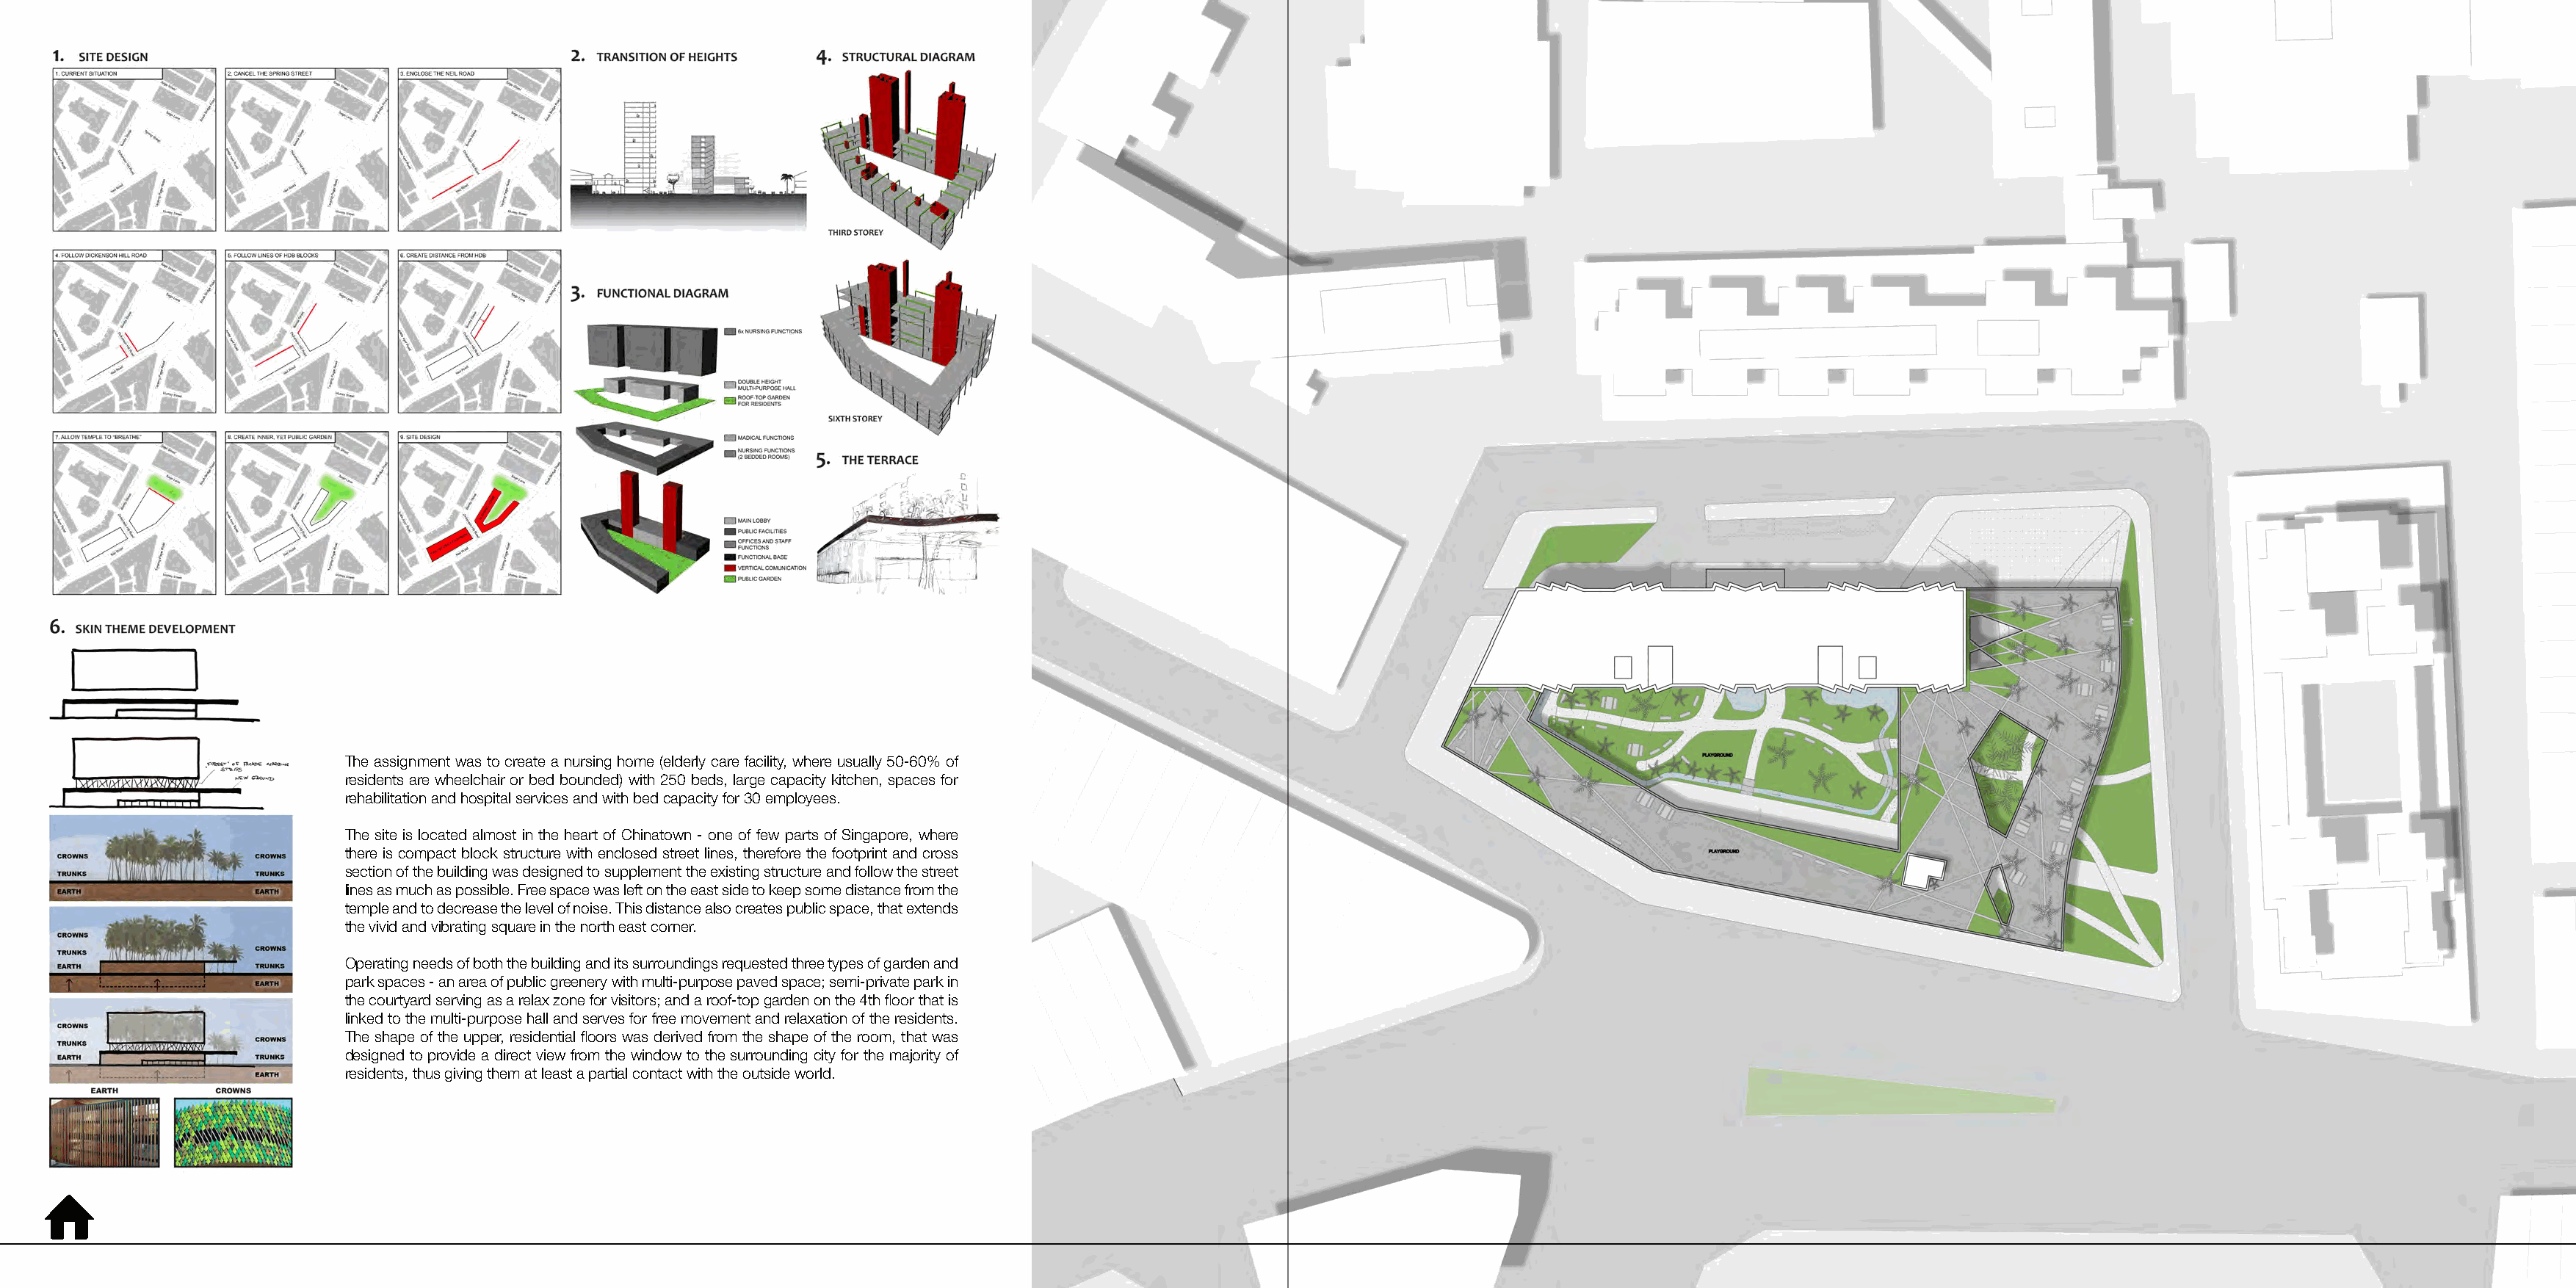
The assignment was to create a nursing home (elderly care facility, where usually 50-60% of
 residents are wheelchair or bed bounded) with 250 beds, large capacity kitchen, spaces for
 rehabilitation and hospital services and with bed capacity for 30 employees.
 The site is located almost in the heart of Chinatown - one of few parts of Singapore, where
 there is compact block structure with enclosed street lines, therefore the footprint and cross
 section of the building was designed to supplement the existing structure and follow the street
 lines as much as possible. Free space was left on the east side to keep some distance from the
 temple and to decrease the level of noise. This distance also creates public space, that extends
 the vivid and vibrating square in the north east corner.
 Operating needs of both the building and its surroundings requested three types of garden and
 park spaces - an area of public greenery with multi-purpose paved space; semi-private park in
 the courtyard serving as a relax zone for visitors; and a roof-top garden on the 4th floor that is
 linked to the multi-purpose hall and serves for free movement and relaxation of the residents.
 The shape of the upper, residential floors was derived from the shape of the room, that was
 designed to provide a direct view from the window to the surrounding city for the majority of
 residents, thus giving them at least a partial contact with the outside world.
 ⌂